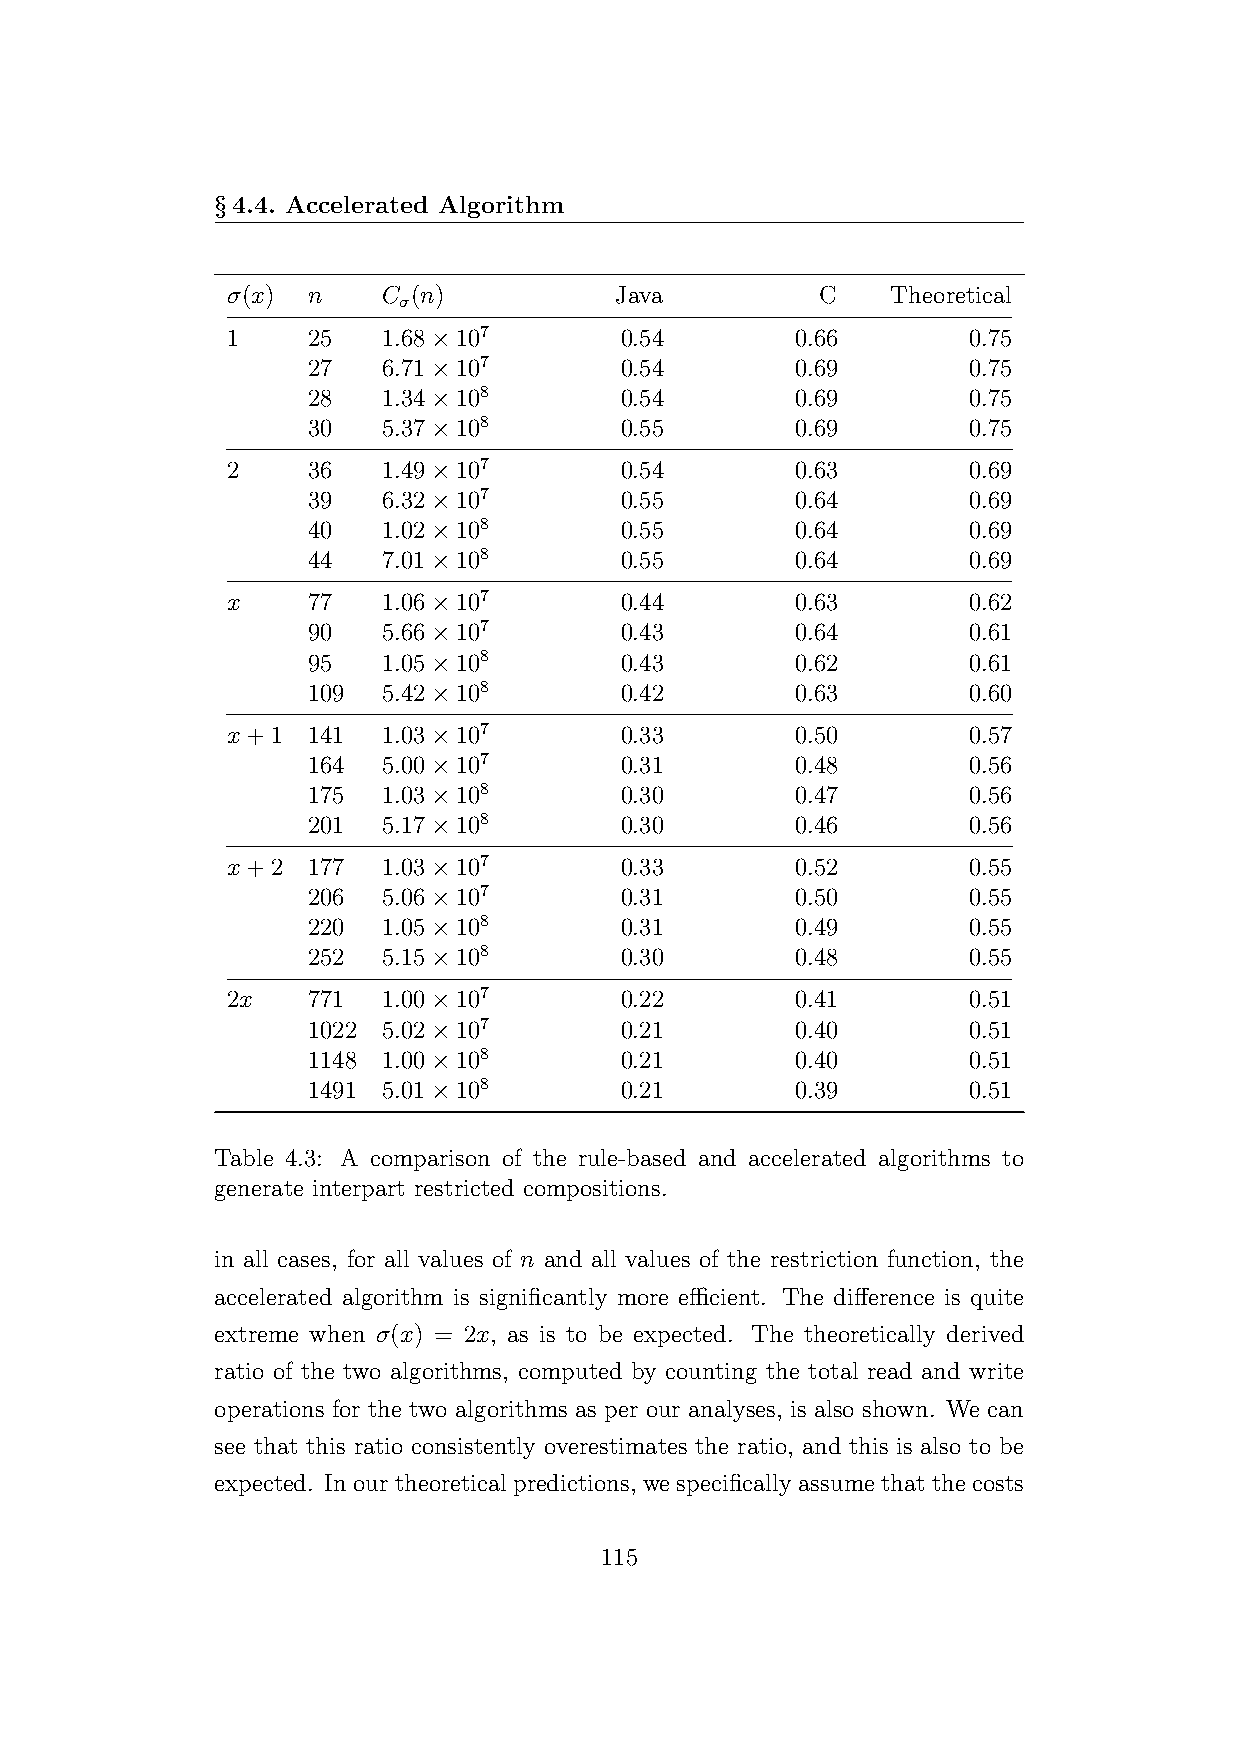
§4.4. Accelerated Algorithm
 σ(x) n    C (n)           Java         C    Theoretical
 σ
 1    25   1.68×107        0.54        0.66       0.75
 27   6.71×107        0.54        0.69       0.75
 28   1.34×108        0.54        0.69       0.75
 30   5.37×108        0.55        0.69       0.75
 2    36   1.49×107        0.54        0.63       0.69
 39   6.32×107        0.55        0.64       0.69
 40   1.02×108        0.55        0.64       0.69
 44   7.01×108        0.55        0.64       0.69
 x    77   1.06×107        0.44        0.63       0.62
 90   5.66×107        0.43        0.64       0.61
 95   1.05×108        0.43        0.62       0.61
 109  5.42×108        0.42        0.63       0.60
 x+1  141  1.03×107        0.33        0.50       0.57
 164  5.00×107        0.31        0.48       0.56
 175  1.03×108        0.30        0.47       0.56
 201  5.17×108        0.30        0.46       0.56
 x+2  177  1.03×107        0.33        0.52       0.55
 206  5.06×107        0.31        0.50       0.55
 220  1.05×108        0.31        0.49       0.55
 252  5.15×108        0.30        0.48       0.55
 2x   771  1.00×107        0.22        0.41       0.51
 1022 5.02×107        0.21        0.40       0.51
 1148 1.00×108        0.21        0.40       0.51
 1491 5.01×108        0.21        0.39       0.51
 Table 4.3: A comparison of the rule-based and accelerated algorithms to
 generate interpart restricted compositions.
 in all cases, for all values of n and all values of the restriction function, the
 accelerated algorithm is significantly more efficient. The difference is quite
 extreme when σ(x) = 2x, as is to be expected. The theoretically derived
 ratio of the two algorithms, computed by counting the total read and write
 operations for the two algorithms as per our analyses, is also shown. We can
 see that this ratio consistently overestimates the ratio, and this is also to be
 expected. Inourtheoreticalpredictions, wespecificallyassumethatthecosts
 115